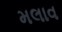
મલાવ